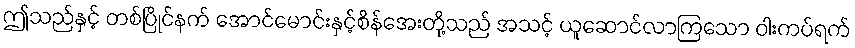
ဤသည်နှင့် တစ်ပြိုင်နက် အောင်မောင်းနှင့်စိန်အေးတို့သည် အသင့် ယူဆောင်လာကြသော ဝါးကပ်ရက်